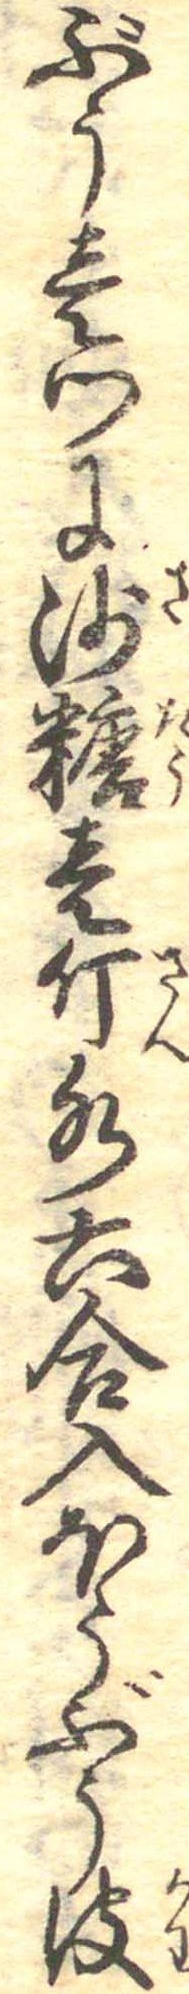
ぶう壱ツに沙糖壱斤水六合入ほうぶう皮